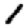
Digit: 1